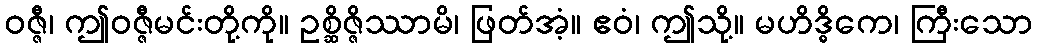
ဝဇ္ဇီ၊ ဤဝဇ္ဇီမင်းတို့ကို။ ဥစ္ဆိဇ္ဇိဿာမိ၊ ဖြတ်အံ့။ ဧဝံ၊ ဤသို့။ မဟိဒ္ဓိကေ၊ ကြီးသော